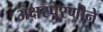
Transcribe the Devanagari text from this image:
अक्षरपेरणीने